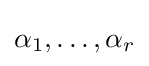
\alpha _{1},\dots ,\alpha _{r}